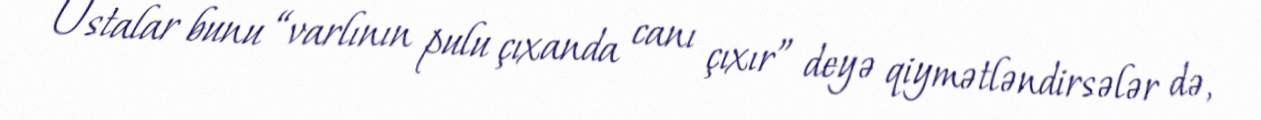
Ustalar bunu “varlının pulu çıxanda canı çıxır” deyə qiymətləndirsələr də,